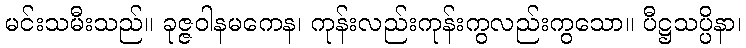
မင်းသမီးသည်။ ခုဇ္ဇဝါနမကေန၊ ကုန်းလည်းကုန်းကွလည်းကွသော။ ပီဋ္ဌသပ္ပိနာ၊